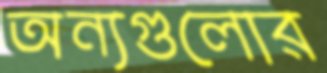
অন্যগুলোর